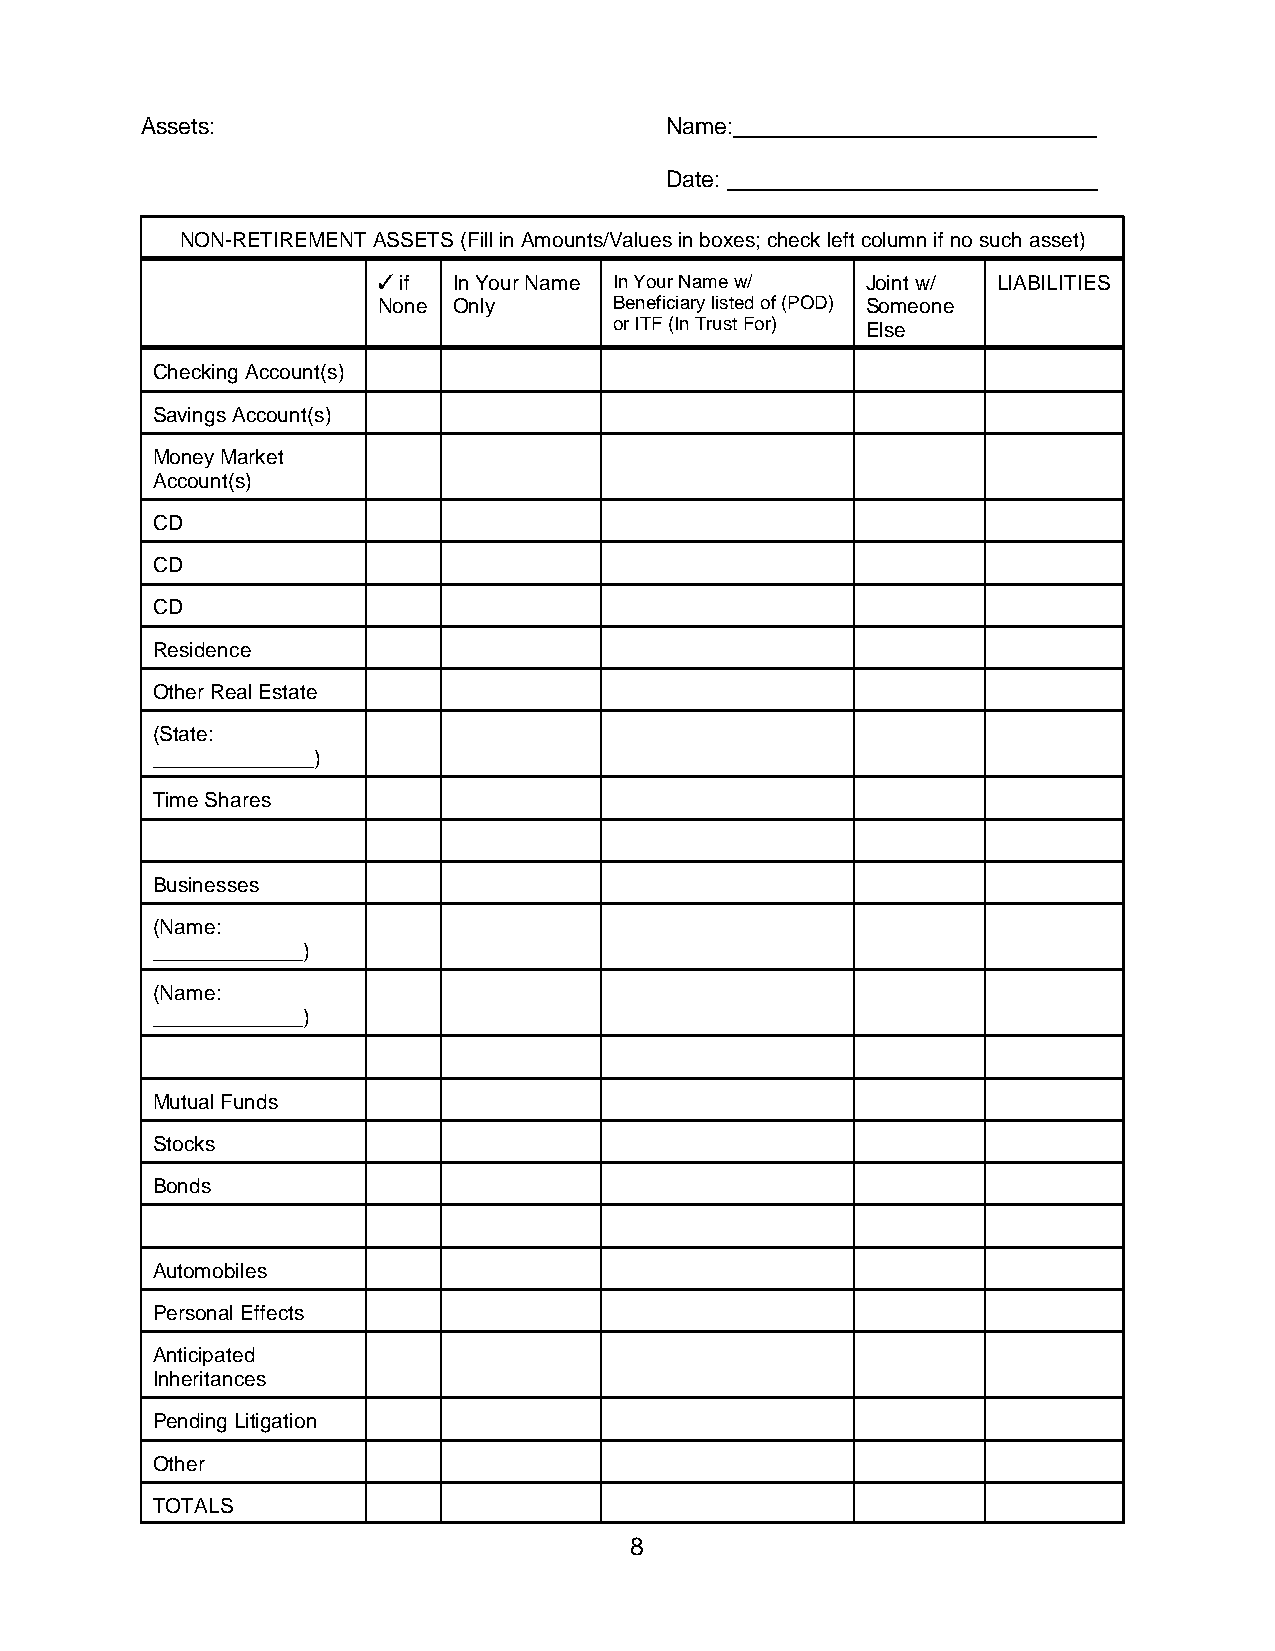
Assets:                            Name:
 Date:
 NON-RETIREMENT ASSETS (Fill in Amounts/Values in boxes; check left column if no such asset)
  if In Your Name In Your Name w/ Joint w/ LIABILITIES
 None Only       Beneficiary listed of (POD) Someone
 or ITF (In Trust For) Else
 Checking Account(s)
 Savings Account(s)
 Money Market
 Account(s)
 CD
 CD
 CD
 Residence
 Other Real Estate
 (State:
 ______________)
 Time Shares
 Businesses
 (Name:
 _____________)
 (Name:
 _____________)
 Mutual Funds
 Stocks
 Bonds
 Automobiles
 Personal Effects
 Anticipated
 Inheritances
 Pending Litigation
 Other
 TOTALS
 8